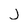
Character: j